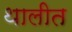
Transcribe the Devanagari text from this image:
थालीत